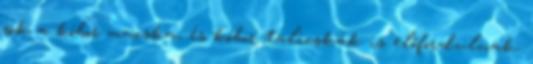
sok a kóbor macska, és kóbor talicskák is előfordulnak.